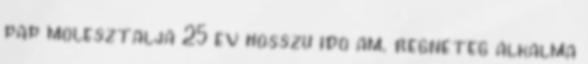
pap molesztalja 25 ev hosszu ido am. regneteg alkalma